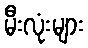
မီးလုံးများ